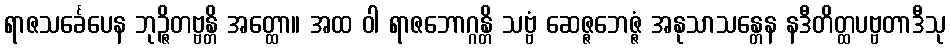
ရာဇသင်္ခေပေန ဘုဉ္ဇိတဗ္ဗန္တိ အတ္ထော။ အထ ဝါ ရာဇဘောဂ္ဂန္တိ သဗ္ဗံ ဆေဇ္ဇဘေဇ္ဇံ အနုသာသန္တေန နဒီတိတ္ထပဗ္ဗတာဒီသု